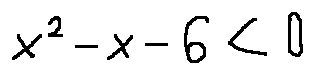
x ^ { 2 } - x - 6 < 0